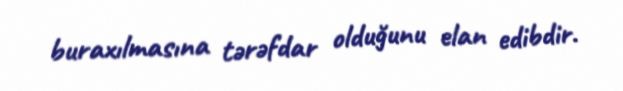
buraxılmasına tərəfdar olduğunu elan edibdir.